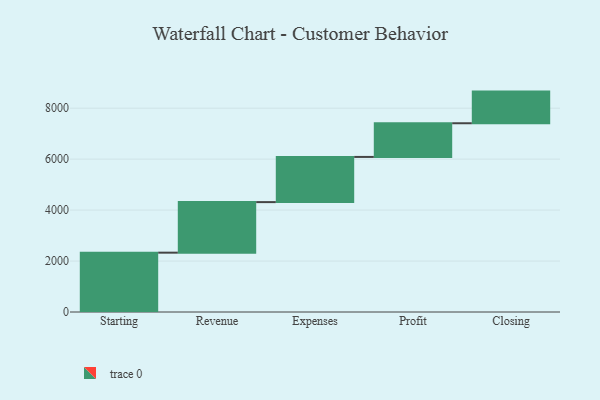
{"axis": {"x": "Step", "y": "Value"}, "legend": [""], "data": [{"x": "Starting", "y": 2329.0, "type": ""}, {"x": "Revenue", "y": 1984.0, "type": ""}, {"x": "Expenses", "y": 1773.0, "type": ""}, {"x": "Profit", "y": 1322.0, "type": ""}, {"x": "Closing", "y": 1242.0, "type": ""}]}